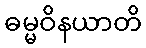
ဓမ္မဝိနယာတိ